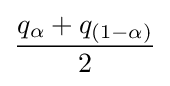
{\frac {q_{\alpha }+q_{(1-\alpha )}}{2}}